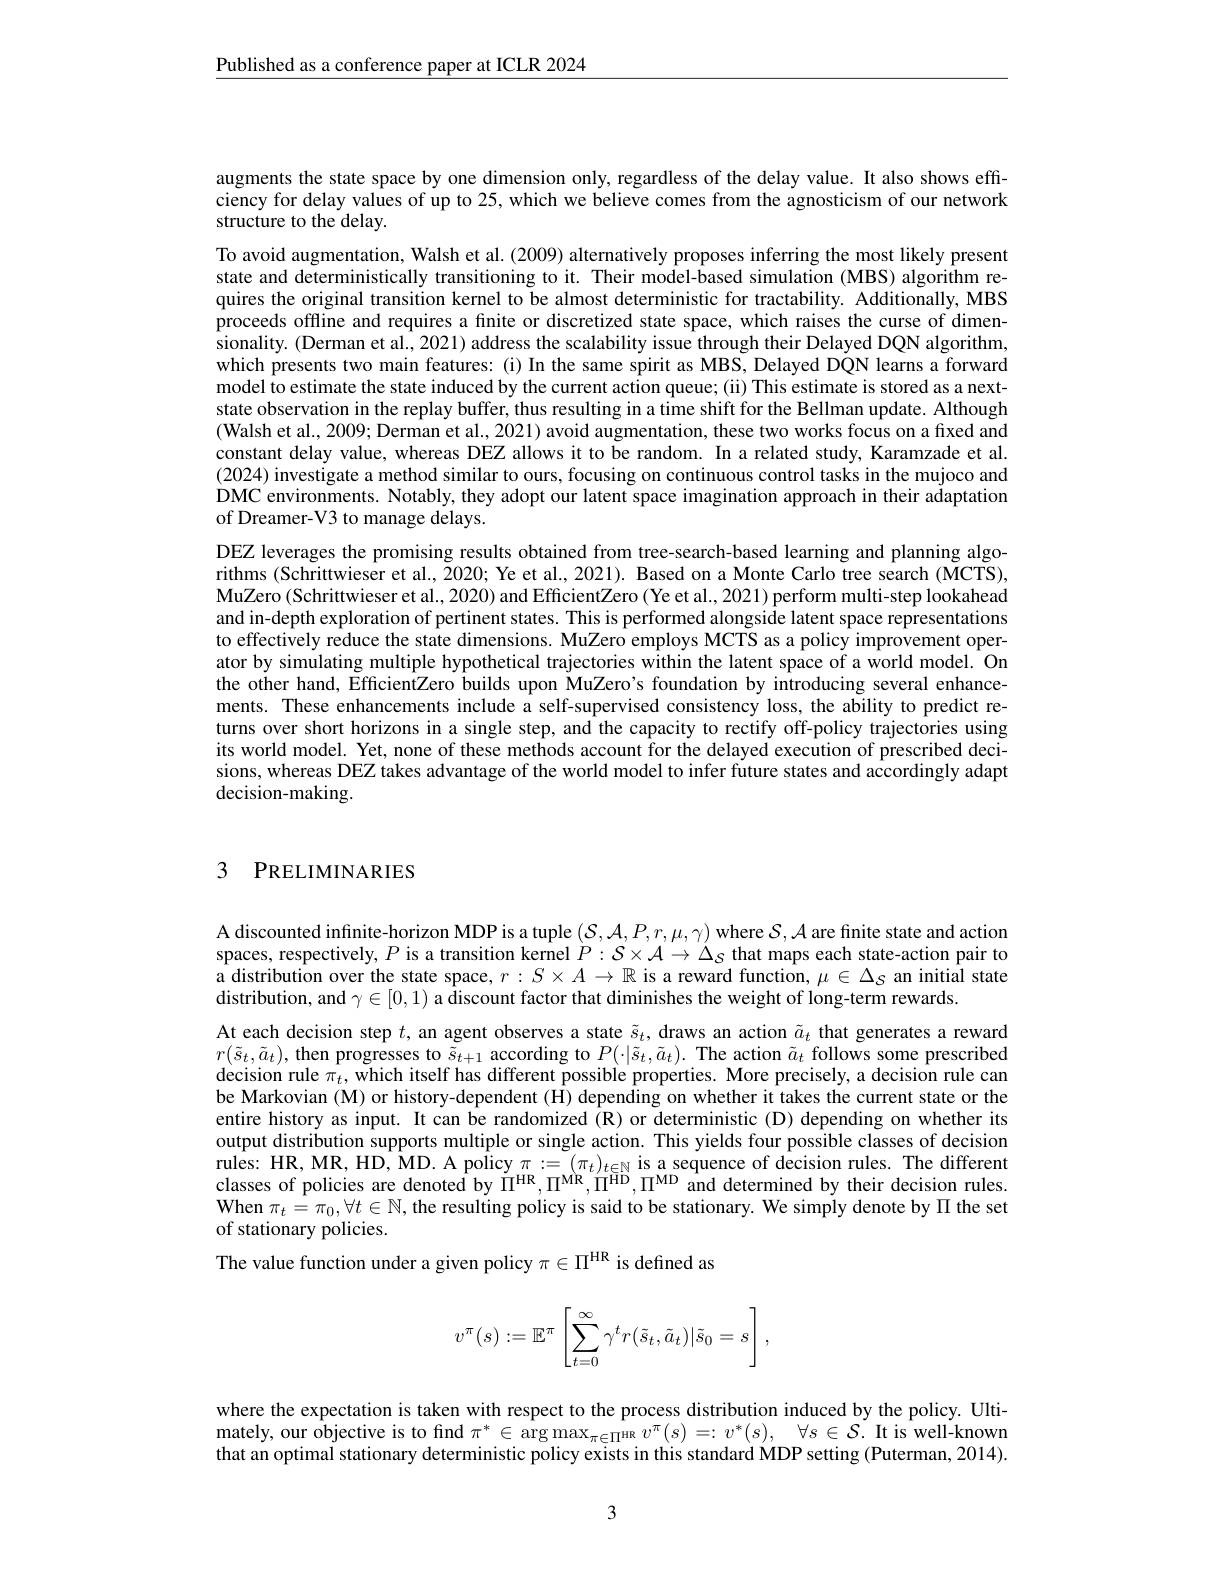
$\underline{\text{Published as a conference paper at ICLR 2024}}$

augments the state space by one dimension only, regardless of the delay value. It also shows effciency for delay values of up to 25, which we believe comes from the agnosticism of our network structure to the delay.
To avoid augmentation, Walsh et al. (2009) alternatively proposes inferring the most likely present state and deterministically transitioning to it. Their model-based simulation (MBS) algorithm requires the original transition kernel to be almost deterministic for tractability. Additionally, MBS proceeds offline and requires a finite or discretized state space, which raises the curse of dimensionality. (Derman et al., 2021) address the scalability issue through their Delayed DQN algorithm, which presents two main features: (i) In the same spirit as MBS, Delayed DQN learns a forward model to estimate the state induced by the current action queue; (ii) This estimate is stored as a nextstate observation in the replay buffer, thus resulting in a time shift for the Bellman update. Although (Walsh et al., 2009; Derman et al., 2021) avoid augmentation, these two works focus on a fixed and constant delay value, whereas DEZ allows it to be random. In a related study, Karamzade et al. (2024) investigate a method similar to ours, focusing on continuous control tasks in the mujoco and DMC environments. Notably, they adopt our latent space imagination approach in their adaptation of Dreamer-V3 to manage delays.
DEZ leverages the promising results obtained from tree-search-based learning and planning algorithms (Schrittwieser et al., 2020; Ye et al., 2021). Based on a Monte Carlo tree search (MCTS), MuZero (Schrittwieser et al., 2020) and EfficientZero (Ye et al., 2021) perform multi-step lookahead and in-depth exploration of pertinent states. This is performed alongside latent space representations to effectively reduce the state dimensions. MuZero employs MCTS as a policy improvement operator by simulating multiple hypothetical trajectories within the latent space of a world model. On the other hand, EfficientZero builds upon MuZero's foundation by introducing several enhancements. These enhancements include a self-supervised consistency loss, the ability to predict returns over short horizons in a single step, and the capacity to rectify off-policy trajectories using its world model. Yet, none of these methods account for the delayed execution of prescribed decisions, whereas DEZ takes advantage of the world model to infer future states and accordingly adapt decision-making.

## 3 PRELIMINARIES

A discounted infinite-horizon MDP is a tuple $(\mathcal{S},\mathcal{A},\mathcal{A},\mathcal{P},r,\mu,\gamma)$ where $\mathcal{S},\mathcal{A}$ are finite state and action spaces, respectively, $P$ is a transition kernel $P:S\times\mathcal{A}\to\Delta_S$ that maps each state-action pair to a distribution over the state space, $r:S\times A\to\mathbb{R}$ is a reward function, $\mu\in\Delta_S$ an initial state distribution, and $\gamma\in[0,1)$ a discount factor that diminishes the weight of long-term rewards.

At each decision step $t$ an agent observes a state $\tilde{s}_t$, draws an action $\tilde{a}_t$ that generates a reward $r(\tilde{s}_{t},\tilde{a}_{t})$,then progresses to $\tilde{s}_{t+1}$ according to $P(\cdot|\tilde{s}_{t},\tilde{a}_{t}).$ The action $\tilde{a}_{t}$ follows some prescribed decision rule $\pi_t$, which itself has different possible properties. More precisely, a decision rule can be Markovian (M) or history-dependent (H) depending on whether it takes the current state or the entire history as input. It can be randomized (R) or deterministic (D) depending on whether its output distribution supports multiple or single action. This yields four possible classes of decision rules: HR, MR, HD, MD. A policy $\pi:=(\pi_t)_{t\in\mathbb{N}}$ is a sequence of decision rules. The differentch policies arede by $\Pi^\mathrm{HR},\Pi^\mathrm{MR},\Pi^\mathrm{HD},\Pi^\mathrm{MD}$ and determined by their decision rules. When $\pi_t=\pi_0,\forall t\in\mathbb{N}$, the resulting policy is said to be stationary. We simply denote by $\Pi$ the set of stationary policies.
The value function under a given policy $\pi\in\Pi^\mathrm{HR}$ is defined as
$$v^\pi(s):=\mathbb{E}^\pi\left[\sum_{t=0}^\infty\gamma^tr(\tilde{s}_t,\tilde{a}_t)|\tilde{s}_0=s\right],$$
where the expectation is taken with respect to the process distribution induced by the policy. Ultimately, our objective is to fnd $\pi ^* \in \arg \max _{\pi \in \Pi ^{\mathrm{HR}}}v^{\pi }( s) = : v^* ( s) $, $\forall s\in \mathcal{S} .$ It is well-known that an optimal stationary deterministic policy exists in this standard MDP setting (Puterman, 2014).

3